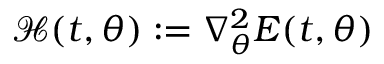
\mathcal { H } ( t , { \boldsymbol { \theta } } ) : = \nabla _ { \boldsymbol { \theta } } ^ { 2 } E ( t , { \boldsymbol { \theta } } )